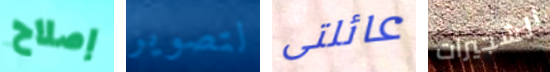
إصلاح لتصوير عائلتى الشجيرات